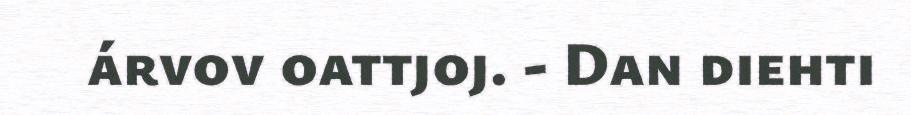
árvov oattjoj. - Dan diehti